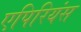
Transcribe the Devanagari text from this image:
एपिरियंस